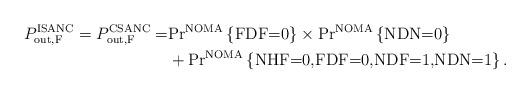
LaTeX: \begin{align*}P_{\textrm{out,F}}^{\textrm{ISANC}}=P_{\textrm{out,F}}^{\textrm{CSANC}}=&\textrm{Pr}^{\textrm{NOMA}}\left\lbrace \textrm{FDF=0} \right\rbrace \times \textrm{Pr}^{\textrm{NOMA}}\left\lbrace \textrm{NDN=0} \right\rbrace \\&+\textrm{Pr}^{\textrm{NOMA}}\left\lbrace \textrm{NHF=0,FDF=0,NDF=1,NDN=1} \right\rbrace.\end{align*}